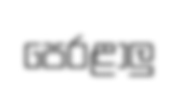
පෙරළාලු